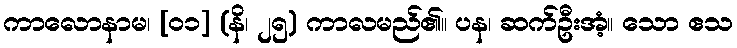
ကာလောနာမ၊ [၀၁] (နိ၊ ၂၅) ကာလမည်၏။ ပန၊ ဆက်ဦးအံ့။ သော ဧသ